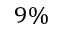
9 \%